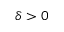
\delta > 0